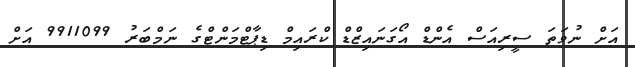
އަށް ނުވަތަ ސީރިއަސް އެންޑް އޯގަނައިޒްޑް ކްރައިމް ޑިޕާޓްމަންޓްގެ ނަމްބަރު 9911099 އަށް